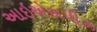
આઇએસપીઝ